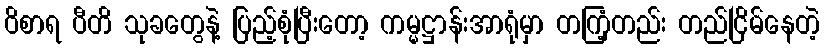
ဝိစာရ ပီတိ သုခတွေနဲ့ ပြည့်စုံပြီးတော့ ကမ္မဋ္ဌာန်းအာရုံမှာ တကြံ့တည်း တည်ငြိမ်နေတဲ့